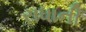
રાધાની